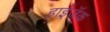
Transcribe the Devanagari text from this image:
हाईजॅक